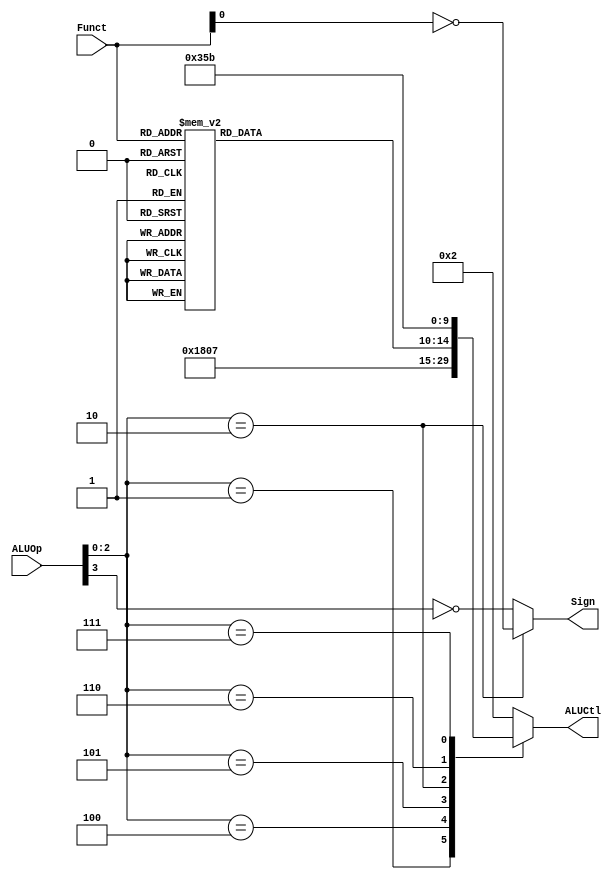

module ALUControl(
	input  [4 -1:0] ALUOp      ,
	input  [6 -1:0] Funct      ,
	output reg [5 -1:0] ALUCtl ,
	output Sign
);
	
	
	// funct number for different operation
	parameter aluAND = 5'b00000;
	parameter aluOR  = 5'b00001;
	parameter aluADD = 5'b00010;
	parameter aluSUB = 5'b00110;
	parameter aluSLT = 5'b00111;
	parameter aluNOR = 5'b01100;
	parameter aluXOR = 5'b01101;
	parameter aluSLL = 5'b10000;
	parameter aluSRL = 5'b11000;
	parameter aluSRA = 5'b11001;
	parameter aluMUL = 5'b11010; //mul
	parameter aluORI = 5'b11011; //ori
	
	// Sign means whether the ALU treats the input as a signed number or an unsigned number
	assign Sign = (ALUOp[2:0] == 3'b010)? ~Funct[0]: ~ALUOp[3];
	
	// set aluFunct
	reg [4:0] aluFunct;
	always @(*)
		case (Funct)
			6'b00_0000: aluFunct <= aluSLL;
			6'b00_0010: aluFunct <= aluSRL;
			6'b00_0011: aluFunct <= aluSRA;
			6'b10_0000: aluFunct <= aluADD;
			6'b10_0001: aluFunct <= aluADD;
			6'b10_0010: aluFunct <= aluSUB;
			6'b10_0011: aluFunct <= aluSUB;
			6'b10_0100: aluFunct <= aluAND;
			6'b10_0101: aluFunct <= aluOR;
			6'b10_0110: aluFunct <= aluXOR;
			6'b10_0111: aluFunct <= aluNOR;
			6'b10_1010: aluFunct <= aluSLT;
			6'b10_1011: aluFunct <= aluSLT;
			default: aluFunct <= aluADD;
		endcase
	
	// set ALUCtrl
	always @(*)
		case (ALUOp[2:0])
			3'b000: ALUCtl <= aluADD;
			3'b001: ALUCtl <= aluSUB;
			3'b100: ALUCtl <= aluAND;
			3'b101: ALUCtl <= aluSLT;
			3'b010: ALUCtl <= aluFunct;
			3'b110: ALUCtl <= aluMUL; //mul
			3'b111: ALUCtl <= aluORI;
			default: ALUCtl <= aluADD;
		endcase


endmodule